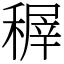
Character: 稺